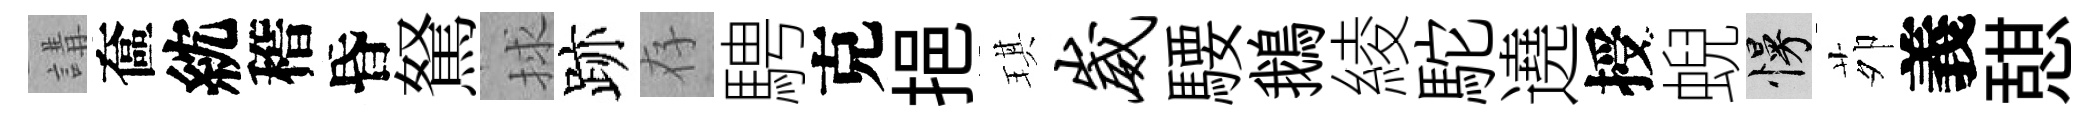
講奩紞稽昏駑捄跡存騁克挹琪崴騕鵝綾駝遶授蜺慢茆義憇